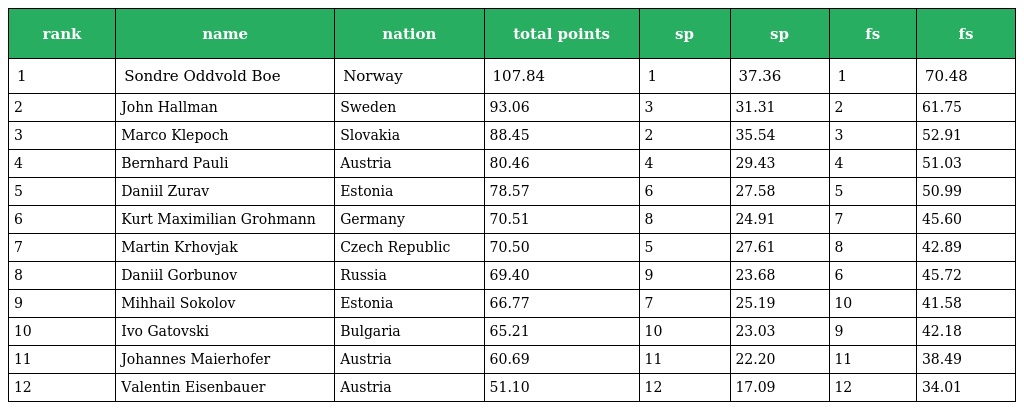
| rank | name | nation | total points | sp | sp | fs | fs |
 | --- | --- | --- | --- | --- | --- | --- | --- |
 | 1 | Sondre Oddvold Boe | Norway | 107.84 | 1 | 37.36 | 1 | 70.48 |
 | 2 | John Hallman | Sweden | 93.06 | 3 | 31.31 | 2 | 61.75 |
 | 3 | Marco Klepoch | Slovakia | 88.45 | 2 | 35.54 | 3 | 52.91 |
 | 4 | Bernhard Pauli | Austria | 80.46 | 4 | 29.43 | 4 | 51.03 |
 | 5 | Daniil Zurav | Estonia | 78.57 | 6 | 27.58 | 5 | 50.99 |
 | 6 | Kurt Maximilian Grohmann | Germany | 70.51 | 8 | 24.91 | 7 | 45.60 |
 | 7 | Martin Krhovjak | Czech Republic | 70.50 | 5 | 27.61 | 8 | 42.89 |
 | 8 | Daniil Gorbunov | Russia | 69.40 | 9 | 23.68 | 6 | 45.72 |
 | 9 | Mihhail Sokolov | Estonia | 66.77 | 7 | 25.19 | 10 | 41.58 |
 | 10 | Ivo Gatovski | Bulgaria | 65.21 | 10 | 23.03 | 9 | 42.18 |
 | 11 | Johannes Maierhofer | Austria | 60.69 | 11 | 22.20 | 11 | 38.49 |
 | 12 | Valentin Eisenbauer | Austria | 51.10 | 12 | 17.09 | 12 | 34.01 |